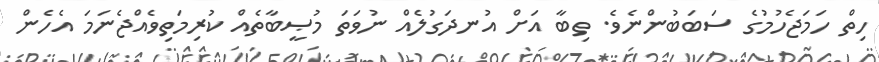
ހިތް ހަމަޖެހުމުގެ ސަބަބުންނެވެ. ތިބާ އަށް އުނދަގުލެއް ނުވަތަ މުޞީބާތެއް ކުރިމަތިވެއްޖެނަމަ އެހެން